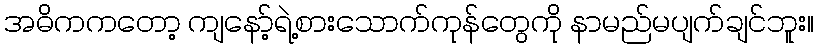
အဓိကကတော့ ကျနော့်ရဲ့စားသောက်ကုန်တွေကို နာမည်မပျက်ချင်ဘူး။